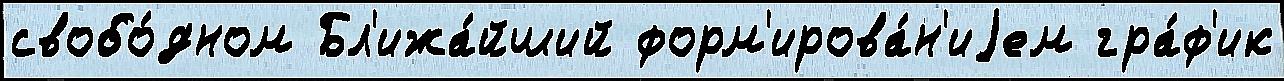
свобо́дном Бл'ижа́йший форм'ирова́н'иjем гра́ф'ик